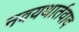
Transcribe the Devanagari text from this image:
नवयथार्तवाद